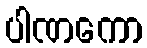
ပါဏကော